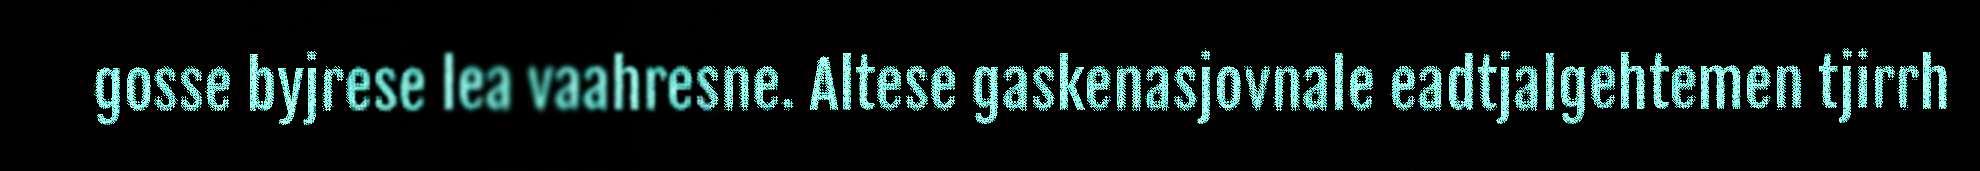
gosse byjrese lea vaahresne. Altese gaskenasjovnale eadtjalgehtemen tjirrh